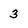
Character: 3